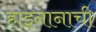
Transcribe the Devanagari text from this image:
हाइनानाची